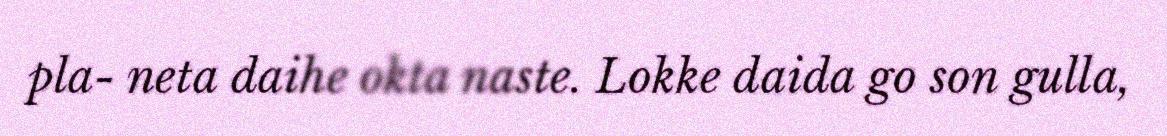
pla- neta daihe okta naste. Lokke daida go son gulla,